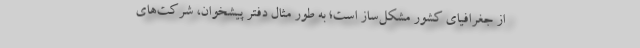
از جغرافیای کشور مشکل‌ساز است؛ به طور مثال دفتر پیشخوان، شرکت‌های